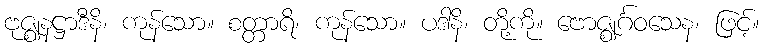
ဗုဇ္ဈနဋ္ဌာဒီနိ၊ ကုန်သော။ စတ္တာရိ၊ ကုန်သော။ ပဒါနိ၊ တို့ကို။ ဗောဇ္ဈင်္ဂဝသေန၊ ဖြင့်။